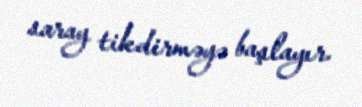
saray tikdirməyə başlayır.